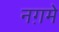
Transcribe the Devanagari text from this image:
नग़मे